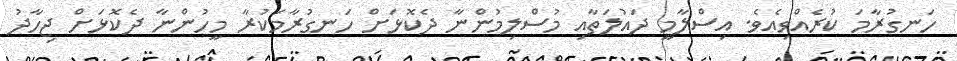
ހަނގުރާމަ ކުރެއްވިއެވެ. އިސްލާމީ ދައުލަތާއި މުސްލިމުންނާ ދެކޮޅަށް ހަނގުރާމަކުރާ މީހުންނާ ދެކޮޅަށް ޖިހާދު